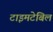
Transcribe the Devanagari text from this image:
टाइमटेबिल